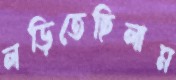
লড়িতেছিলাম